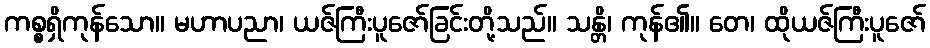
ကစ္စရှိကုန်သော။ မဟာပညာ၊ ယဇ်ကြီးပူဇော်ခြင်းတို့သည်။ သန္တိ၊ ကုန်၏။ တေ၊ ထိုယဇ်ကြီးပူဇော်